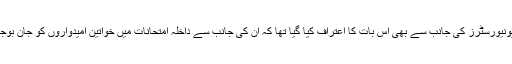
گذشتہ سال کئی میڈیکل یونیورسٹرز کی جانب سے بھی اس بات کا اعتراف کیا گیا تھا کہ ان کی جانب سے داخلہ امتحانات میں خواتین امیدواروں کو جان بوجھ کر باہر رکھا جاتا ہے۔